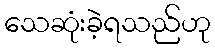
သေဆုံးခဲ့ရသည်ဟု